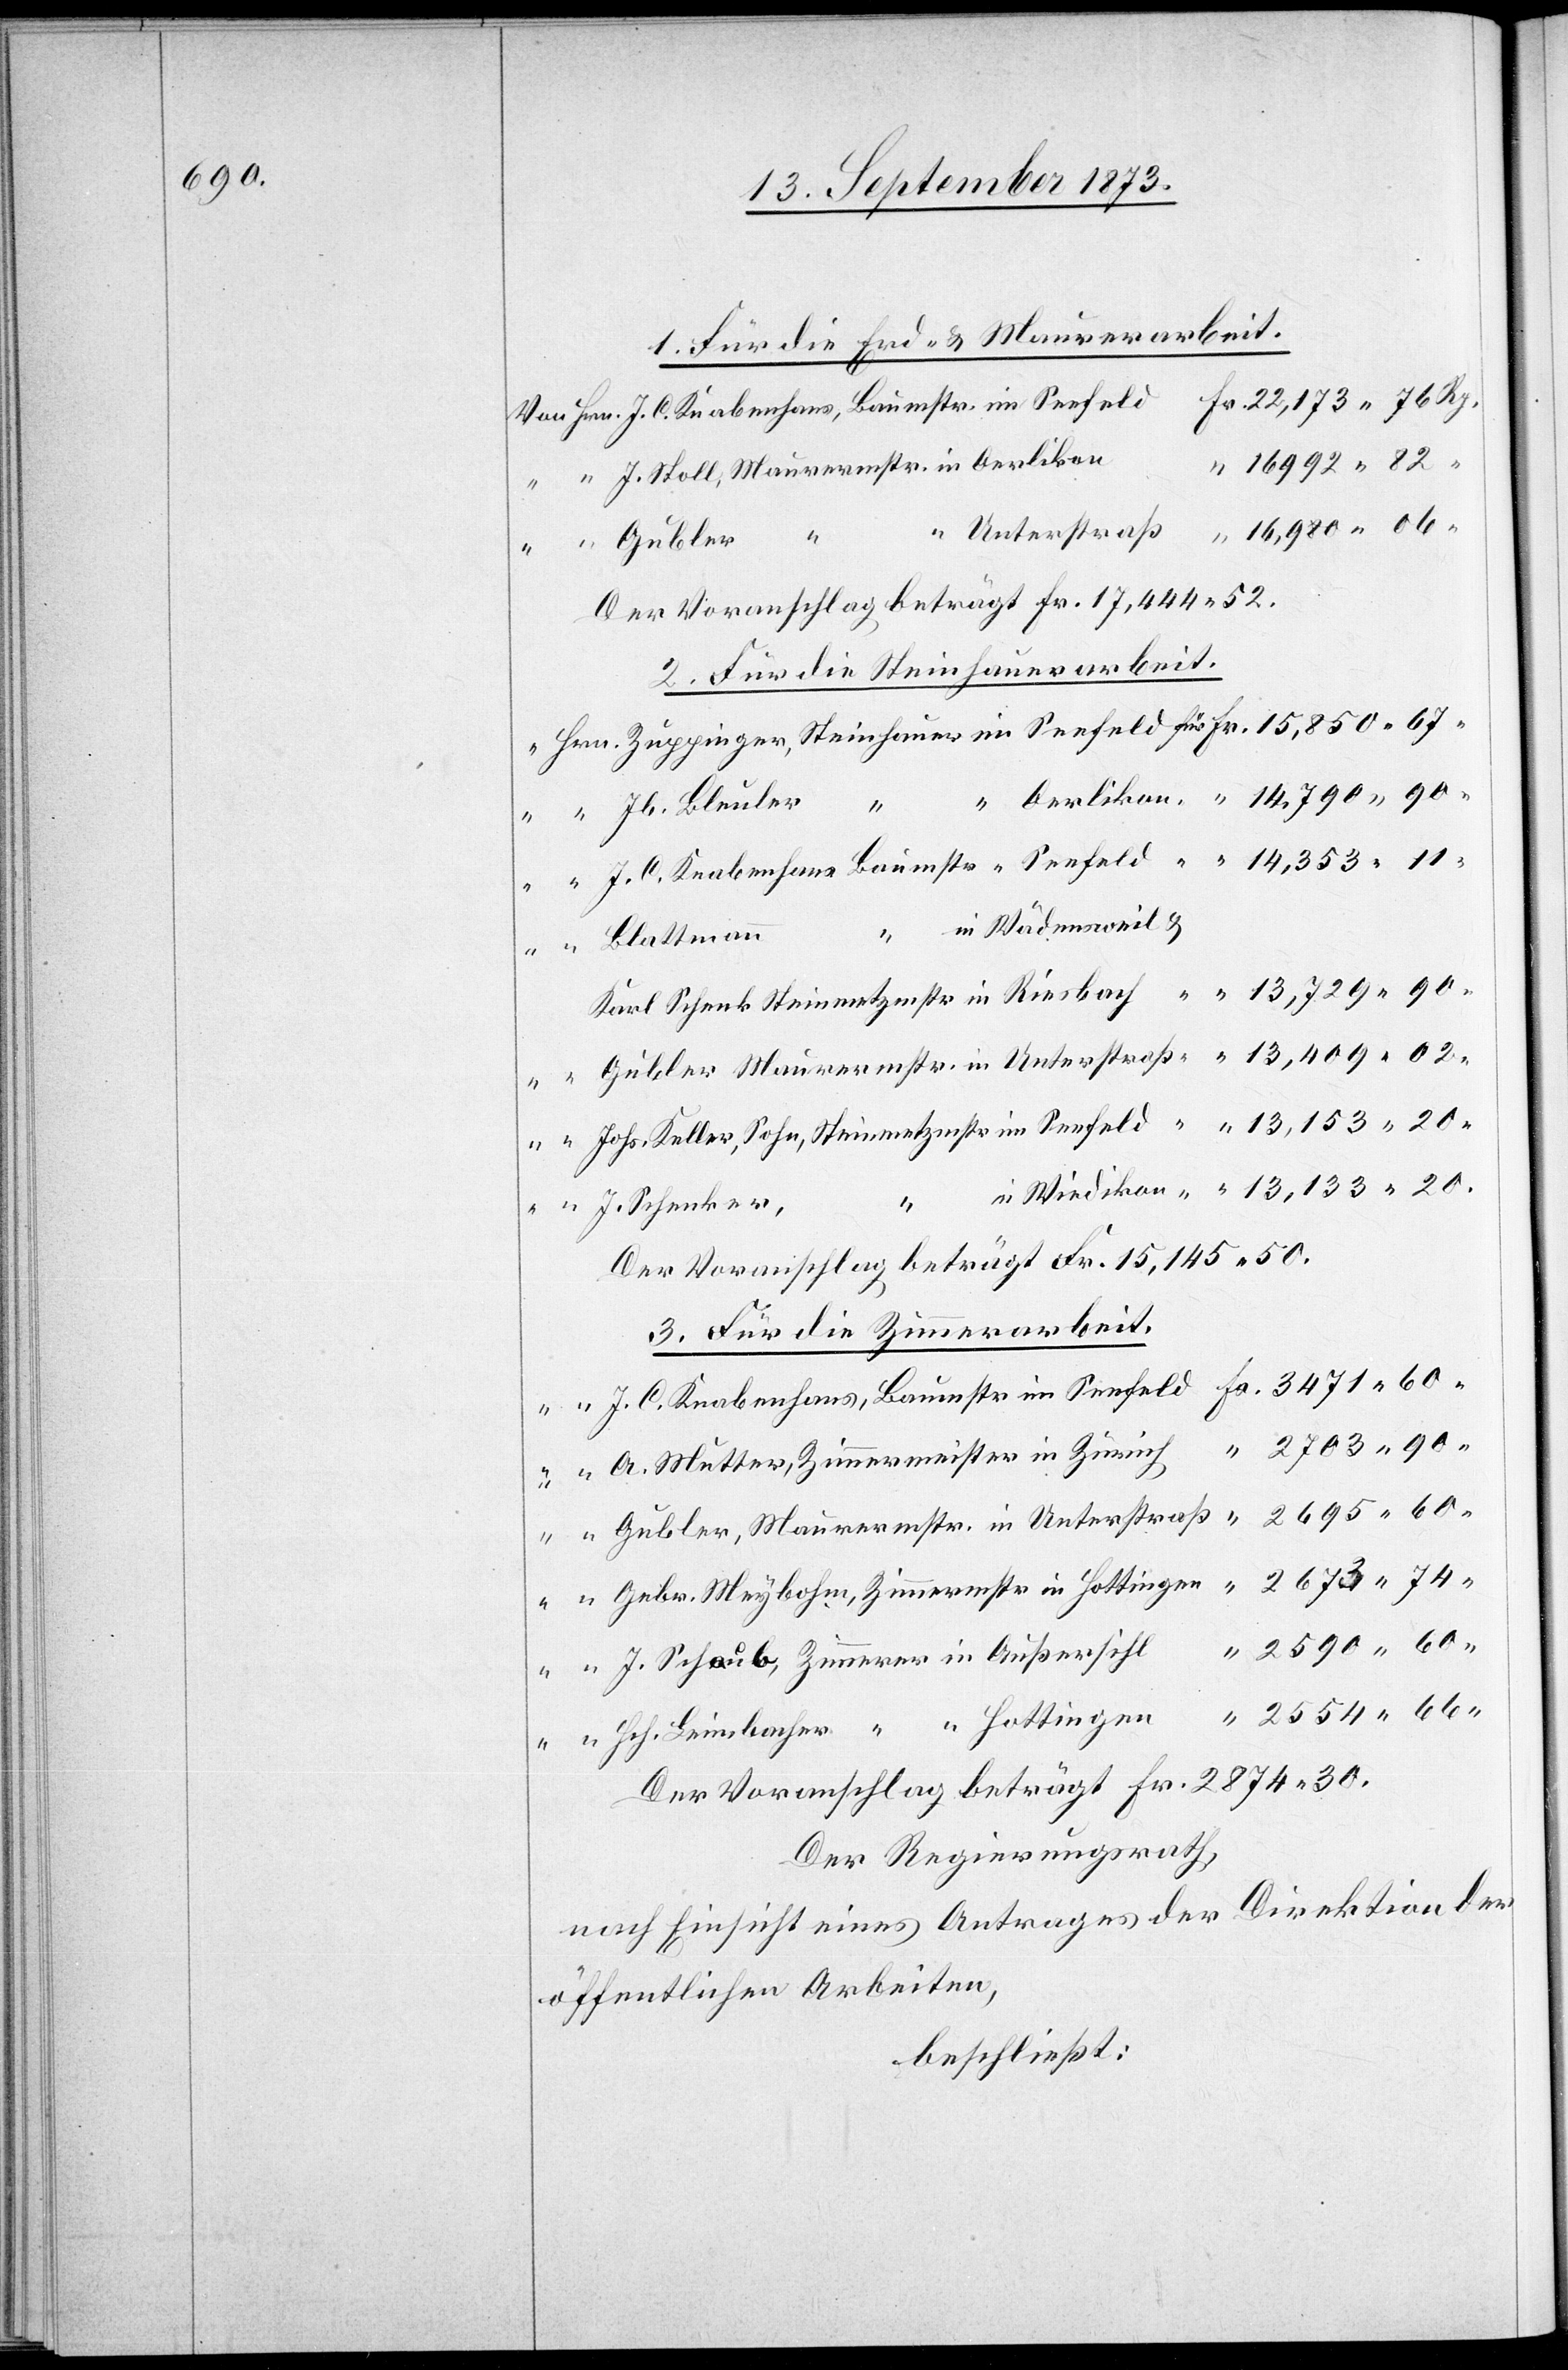
1. Für die Erd- & Maurerarbeit.
Gubler,
554
471
Der Voranschlag beträgt Fr. 17,444 52.
2. Für die Steinhauerarbeit.
Blattmann
60
2
74
Der Voranschlag beträgt Fr. 15,145 50.
3. Für die Zimmerarbeit.
Gebr. Meybohm, Zimmermstr in Hottingen
Der Voranschlag beträgt Fr. 2 874 30.
Der Regierungsrath,
nach Einsicht eines Antrages der Direktion der
öffentlichen Arbeiten,
beschließt: